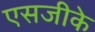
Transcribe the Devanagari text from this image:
एसजीके